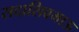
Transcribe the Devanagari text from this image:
सदाशिवभाऊ